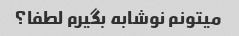
میتونم نوشابه بگیرم لطفا؟